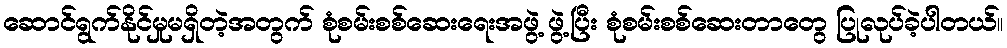
ဆောင်ရွက်နိုင်မှုမရှိတဲ့အတွက် စုံစမ်းစစ်ဆေးရေးအဖွဲ့ ဖွဲ့ပြီး စုံစမ်းစစ်ဆေးတာတွေ ပြုလုပ်ခဲ့ပါတယ်။